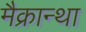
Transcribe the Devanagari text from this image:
मैक्रान्था